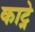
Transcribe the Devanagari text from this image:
काट्ने